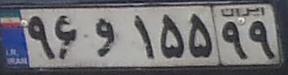
۹۶و۱۵۵۹۹